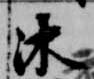
沐